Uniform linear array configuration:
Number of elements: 12
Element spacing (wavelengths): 0.75
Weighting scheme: cosine
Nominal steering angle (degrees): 60
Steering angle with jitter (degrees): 59.946
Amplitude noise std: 0.05
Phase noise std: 0.05

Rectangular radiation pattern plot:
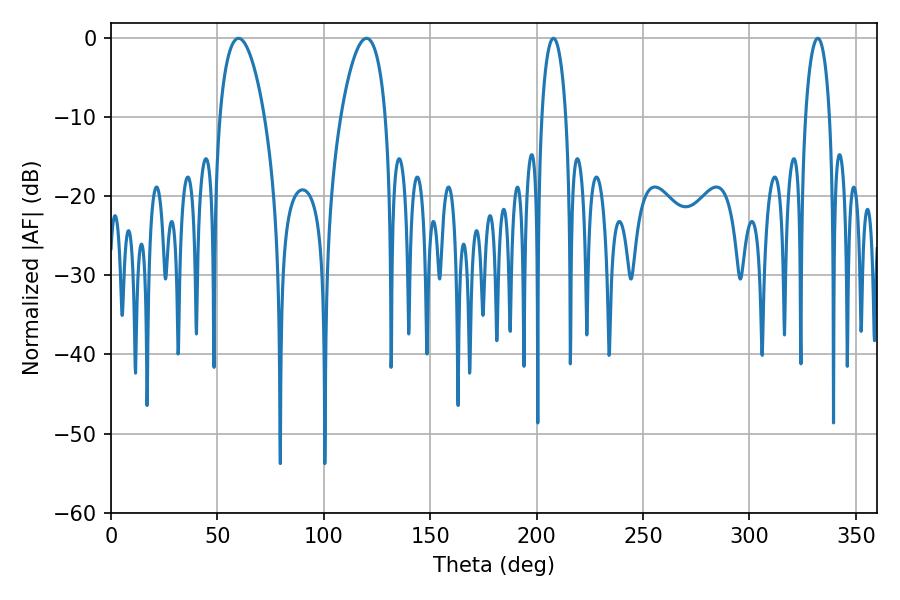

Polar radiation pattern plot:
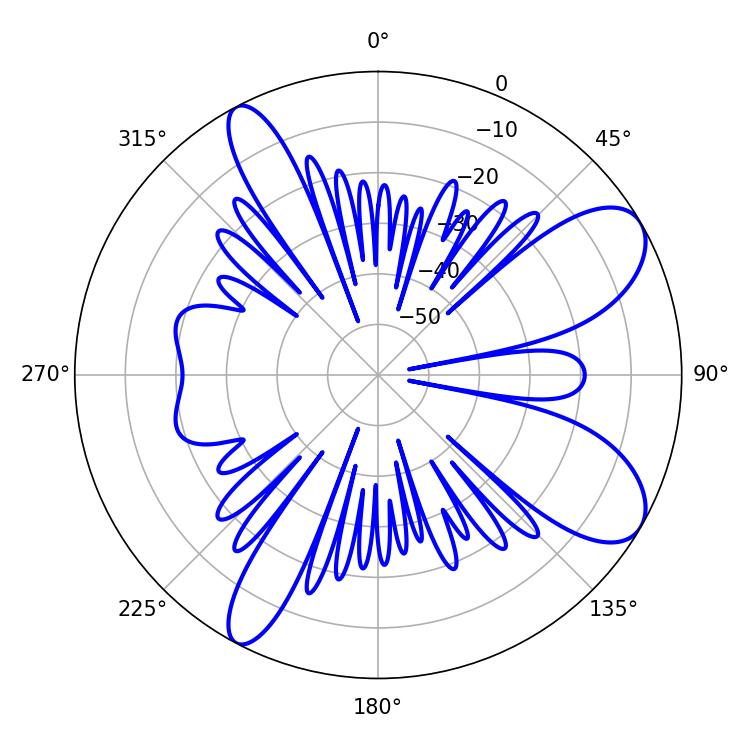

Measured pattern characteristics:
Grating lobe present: TRUE
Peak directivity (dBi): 8.853
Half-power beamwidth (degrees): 11.88
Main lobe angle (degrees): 59.94